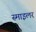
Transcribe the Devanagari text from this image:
स्माइलर